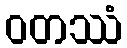
ဝတဿံ